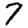
Digit: 7